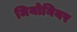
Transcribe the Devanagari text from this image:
मियोनियर